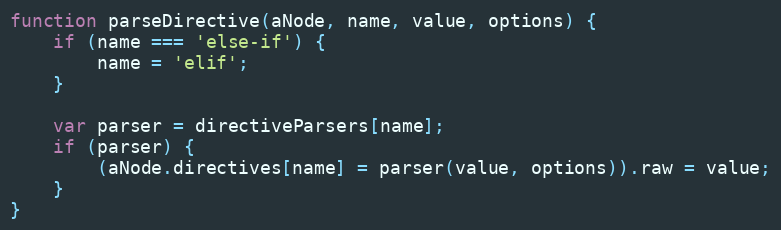
Language: JavaScript
function parseDirective(aNode, name, value, options) {
    if (name === 'else-if') {
        name = 'elif';
    }

    var parser = directiveParsers[name];
    if (parser) {
        (aNode.directives[name] = parser(value, options)).raw = value;
    }
}